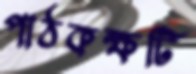
পাঠকক্ষটি